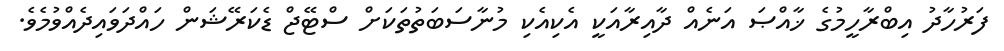
ފަރުހާދު އިބްރާހީމުގެ ޚާއްޞަ އަނެއް ދާއިރާއަކީ އެކިއެކި މުނާސަބަތުތަކަށް ސްޓޭޖް ޑެކަރޭޝަން ހައްދަވައިދެއްވުމެވެ.